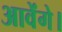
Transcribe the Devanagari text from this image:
आवेंगे।